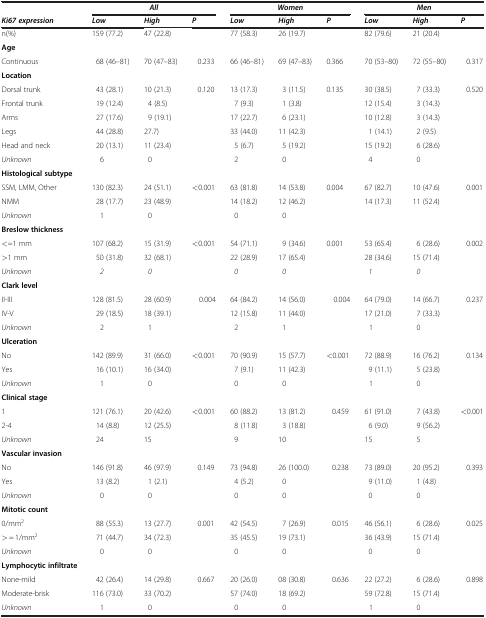
<table><thead><tr><td rowspan="2"><b><i>Ki67 expression</i></b></td><td colspan="3"><b><i>All</i></b></td><td colspan="3"><b><i>Women</i></b></td><td colspan="3"><b><i>Men</i></b></td></tr><tr><td><b><i>Low</i></b></td><td><b><i>High</i></b></td><td><b><i>P</i></b></td><td><b><i>Low</i></b></td><td><b><i>High</i></b></td><td><b><i>P</i></b></td><td><b><i>Low</i></b></td><td><b><i>High</i></b></td><td><b><i>P</i></b></td></tr></thead><tbody><tr><td>n(%)</td><td>159 (77.2)</td><td>47 (22.8)</td><td> </td><td>77 (58.3)</td><td>26 (19.7)</td><td> </td><td>82 (79.6)</td><td>21 (20.4)</td><td> </td></tr><tr><td><b>Age</b></td><td> </td><td> </td><td> </td><td> </td><td> </td><td> </td><td> </td><td> </td><td> </td></tr><tr><td>Continuous</td><td>68 (46–81)</td><td>70 (47–83)</td><td>0.233</td><td>66 (46–81)</td><td>69 (47–83)</td><td>0.366</td><td>70 (53–80)</td><td>72 (55–80)</td><td>0.317</td></tr><tr><td><b>Location</b></td><td> </td><td> </td><td> </td><td> </td><td> </td><td> </td><td> </td><td> </td><td> </td></tr><tr><td>Dorsal trunk</td><td>43 (28.1)</td><td>10 (21.3)</td><td>0.120</td><td>13 (17.3)</td><td>3 (11.5)</td><td>0.135</td><td>30 (38.5)</td><td>7 (33.3)</td><td>0.520</td></tr><tr><td>Frontal trunk</td><td>19 (12.4)</td><td>4 (8.5)</td><td> </td><td>7 (9.3)</td><td>1 (3.8)</td><td> </td><td>12 (15.4)</td><td>3 (14.3)</td><td> </td></tr><tr><td>Arms</td><td>27 (17.6)</td><td>9 (19.1)</td><td> </td><td>17 (22.7)</td><td>6 (23.1)</td><td> </td><td>10 (12.8)</td><td>3 (14.3)</td><td> </td></tr><tr><td>Legs</td><td>44 (28.8)</td><td>27.7)</td><td> </td><td>33 (44.0)</td><td>11 (42.3)</td><td> </td><td>1 (14.1)</td><td>2 (9.5)</td><td> </td></tr><tr><td>Head and neck</td><td>20 (13.1)</td><td>11 (23.4)</td><td> </td><td>5 (6.7)</td><td>5 (19.2)</td><td> </td><td>15 (19.2)</td><td>6 (28.6)</td><td> </td></tr><tr><td><i>Unknown</i></td><td>6</td><td>0</td><td> </td><td>2</td><td>0</td><td> </td><td>4</td><td>0</td><td> </td></tr><tr><td><b>Histological subtype</b></td><td> </td><td> </td><td> </td><td> </td><td> </td><td> </td><td> </td><td> </td><td> </td></tr><tr><td>SSM, LMM, Other</td><td>130 (82.3)</td><td>24 (51.1)</td><td>&lt;0.001</td><td>63 (81.8)</td><td>14 (53.8)</td><td>0.004</td><td>67 (82.7)</td><td>10 (47.6)</td><td>0.001</td></tr><tr><td>NMM</td><td>28 (17.7)</td><td>23 (48.9)</td><td> </td><td>14 (18.2)</td><td>12 (46.2)</td><td> </td><td>14 (17.3)</td><td>11 (52.4)</td><td> </td></tr><tr><td><i>Unknown</i></td><td>1</td><td>0</td><td> </td><td>0</td><td>0</td><td> </td><td> </td><td> </td><td> </td></tr><tr><td><b>Breslow thickness</b></td><td> </td><td> </td><td> </td><td> </td><td> </td><td> </td><td> </td><td> </td><td> </td></tr><tr><td>&lt;=1 mm</td><td>107 (68.2)</td><td>15 (31.9)</td><td>&lt;0.001</td><td>54 (71.1)</td><td>9 (34.6)</td><td>0.001</td><td>53 (65.4)</td><td>6 (28.6)</td><td>0.002</td></tr><tr><td>&gt;1 mm</td><td>50 (31.8)</td><td>32 (68.1)</td><td> </td><td>22 (28.9)</td><td>17 (65.4)</td><td> </td><td>28 (34.6)</td><td>15 (71.4)</td><td> </td></tr><tr><td><i>Unknown</i></td><td><i>2</i></td><td><i>0</i></td><td> </td><td><i>0</i></td><td><i>0</i></td><td> </td><td><i>1</i></td><td><i>0</i></td><td> </td></tr><tr><td><b>Clark level</b></td><td> </td><td> </td><td> </td><td> </td><td> </td><td> </td><td> </td><td> </td><td> </td></tr><tr><td>II-III</td><td>128 (81.5)</td><td>28 (60.9)</td><td>0.004</td><td>64 (84.2)</td><td>14 (56.0)</td><td>0.004</td><td>64 (79.0)</td><td>14 (66.7)</td><td>0.237</td></tr><tr><td>IV-V</td><td>29 (18.5)</td><td>18 (39.1)</td><td> </td><td>12 (15.8)</td><td>11 (44.0)</td><td> </td><td>17 (21.0)</td><td>7 (33.3)</td><td> </td></tr><tr><td><i>Unknown</i></td><td>2</td><td>1</td><td> </td><td>2</td><td>1</td><td> </td><td>1</td><td>0</td><td> </td></tr><tr><td><b>Ulceration</b></td><td> </td><td> </td><td> </td><td> </td><td> </td><td> </td><td> </td><td> </td><td> </td></tr><tr><td>No</td><td>142 (89.9)</td><td>31 (66.0)</td><td>&lt;0.001</td><td>70 (90.9)</td><td>15 (57.7)</td><td>&lt;0.001</td><td>72 (88.9)</td><td>16 (76.2)</td><td>0.134</td></tr><tr><td>Yes</td><td>16 (10.1)</td><td>16 (34.0)</td><td> </td><td>7 (9.1)</td><td>11 (42.3)</td><td> </td><td>9 (11.1)</td><td>5 (23.8)</td><td> </td></tr><tr><td><i>Unknown</i></td><td>1</td><td>0</td><td> </td><td>0</td><td>0</td><td> </td><td>1</td><td>0</td><td> </td></tr><tr><td><b>Clinical stage</b></td><td> </td><td> </td><td> </td><td> </td><td> </td><td> </td><td> </td><td> </td><td> </td></tr><tr><td>1</td><td>121 (76.1)</td><td>20 (42.6)</td><td>&lt;0.001</td><td>60 (88.2)</td><td>13 (81.2)</td><td>0.459</td><td>61 (91.0)</td><td>7 (43.8)</td><td>&lt;0.001</td></tr><tr><td>2-4</td><td>14 (8.8)</td><td>12 (25.5)</td><td> </td><td>8 (11.8)</td><td>3 (18.8)</td><td> </td><td>6 (9.0)</td><td>9 (56.2)</td><td> </td></tr><tr><td><i>Unknown</i></td><td>24</td><td>15</td><td> </td><td>9</td><td>10</td><td> </td><td>15</td><td>5</td><td> </td></tr><tr><td><b>Vascular invasion</b></td><td> </td><td> </td><td> </td><td> </td><td> </td><td> </td><td> </td><td> </td><td> </td></tr><tr><td>No</td><td>146 (91.8)</td><td>46 (97.9)</td><td>0.149</td><td>73 (94.8)</td><td>26 (100.0)</td><td>0.238</td><td>73 (89.0)</td><td>20 (95.2)</td><td>0.393</td></tr><tr><td>Yes</td><td>13 (8.2)</td><td>1 (2.1)</td><td> </td><td>4 (5.2)</td><td>0</td><td> </td><td>9 (11.0)</td><td>1 (4.8)</td><td> </td></tr><tr><td><i>Unknown</i></td><td>0</td><td>0</td><td> </td><td>0</td><td>0</td><td> </td><td>0</td><td>0</td><td> </td></tr><tr><td><b>Mitotic count</b></td><td> </td><td> </td><td> </td><td> </td><td> </td><td> </td><td> </td><td> </td><td> </td></tr><tr><td>0/mm<sup>2</sup></td><td>88 (55.3)</td><td>13 (27.7)</td><td>0.001</td><td>42 (54.5)</td><td>7 (26.9)</td><td>0.015</td><td>46 (56.1)</td><td>6 (28.6)</td><td>0.025</td></tr><tr><td>&gt; = 1/mm<sup>2</sup></td><td>71 (44.7)</td><td>34 (72.3)</td><td> </td><td>35 (45.5)</td><td>19 (73.1)</td><td> </td><td>36 (43.9)</td><td>15 (71.4)</td><td> </td></tr><tr><td><i>Unknown</i></td><td>0</td><td>0</td><td> </td><td>0</td><td>0</td><td> </td><td>0</td><td>0</td><td> </td></tr><tr><td><b>Lymphocytic infiltrate</b></td><td> </td><td> </td><td> </td><td> </td><td> </td><td> </td><td> </td><td> </td><td> </td></tr><tr><td>None-mild</td><td>42 (26.4)</td><td>14 (29.8)</td><td>0.667</td><td>20 (26.0)</td><td>08 (30.8)</td><td>0.636</td><td>22 (27.2)</td><td>6 (28.6)</td><td>0.898</td></tr><tr><td>Moderate-brisk</td><td>116 (73.0)</td><td>33 (70.2)</td><td> </td><td>57 (74.0)</td><td>18 (69.2)</td><td> </td><td>59 (72.8)</td><td>15 (71.4)</td><td> </td></tr><tr><td><i>Unknown</i></td><td>1</td><td>0</td><td> </td><td>0</td><td>0</td><td> </td><td>1</td><td>0</td><td> </td></tr></tbody></table>